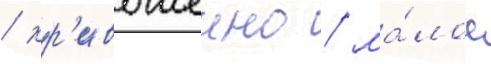
/ кр'ивошеино / ма́лое